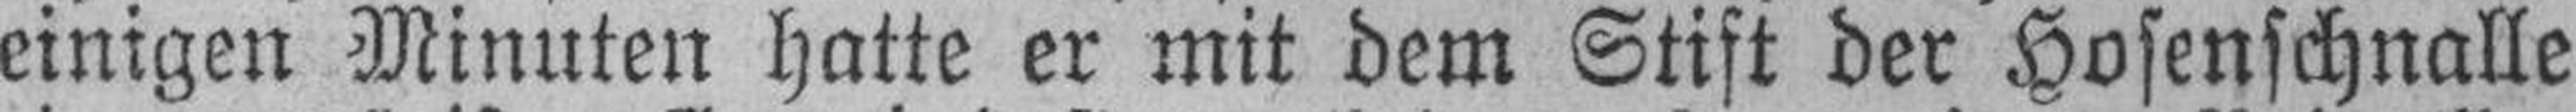
einigen Minuten hatte er mit dem Stift der Hosenschnalle